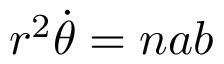
r ^ { 2 } { \dot { \theta } } = n a b